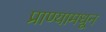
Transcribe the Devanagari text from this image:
प्राण्यामधून